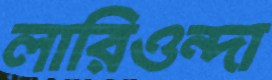
লারিওন্দা